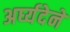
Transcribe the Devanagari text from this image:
अर्घ्यदेने